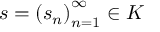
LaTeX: s = \left( s _ { n } \right) _ { n = 1 } ^ { \infty } \in K